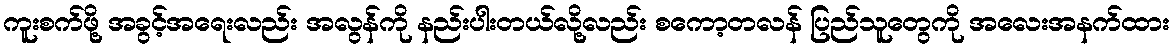
ကူးစက်ဖို့ အခွင့်အရေးလည်း အလွန်ကို နည်းပါးတယ်လို့လည်း စကော့တလန် ပြည်သူတွေကို အလေးအနက်ထား